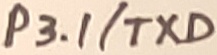
Text: P3.1/TXD